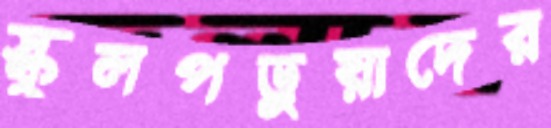
স্কুলপড়ুয়াদের